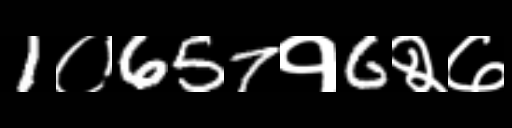
Text: 1०657१6२७